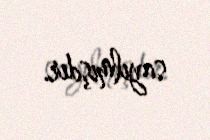
sayılmışdır.